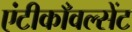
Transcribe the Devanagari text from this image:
एंटीकाँवल्सेंट